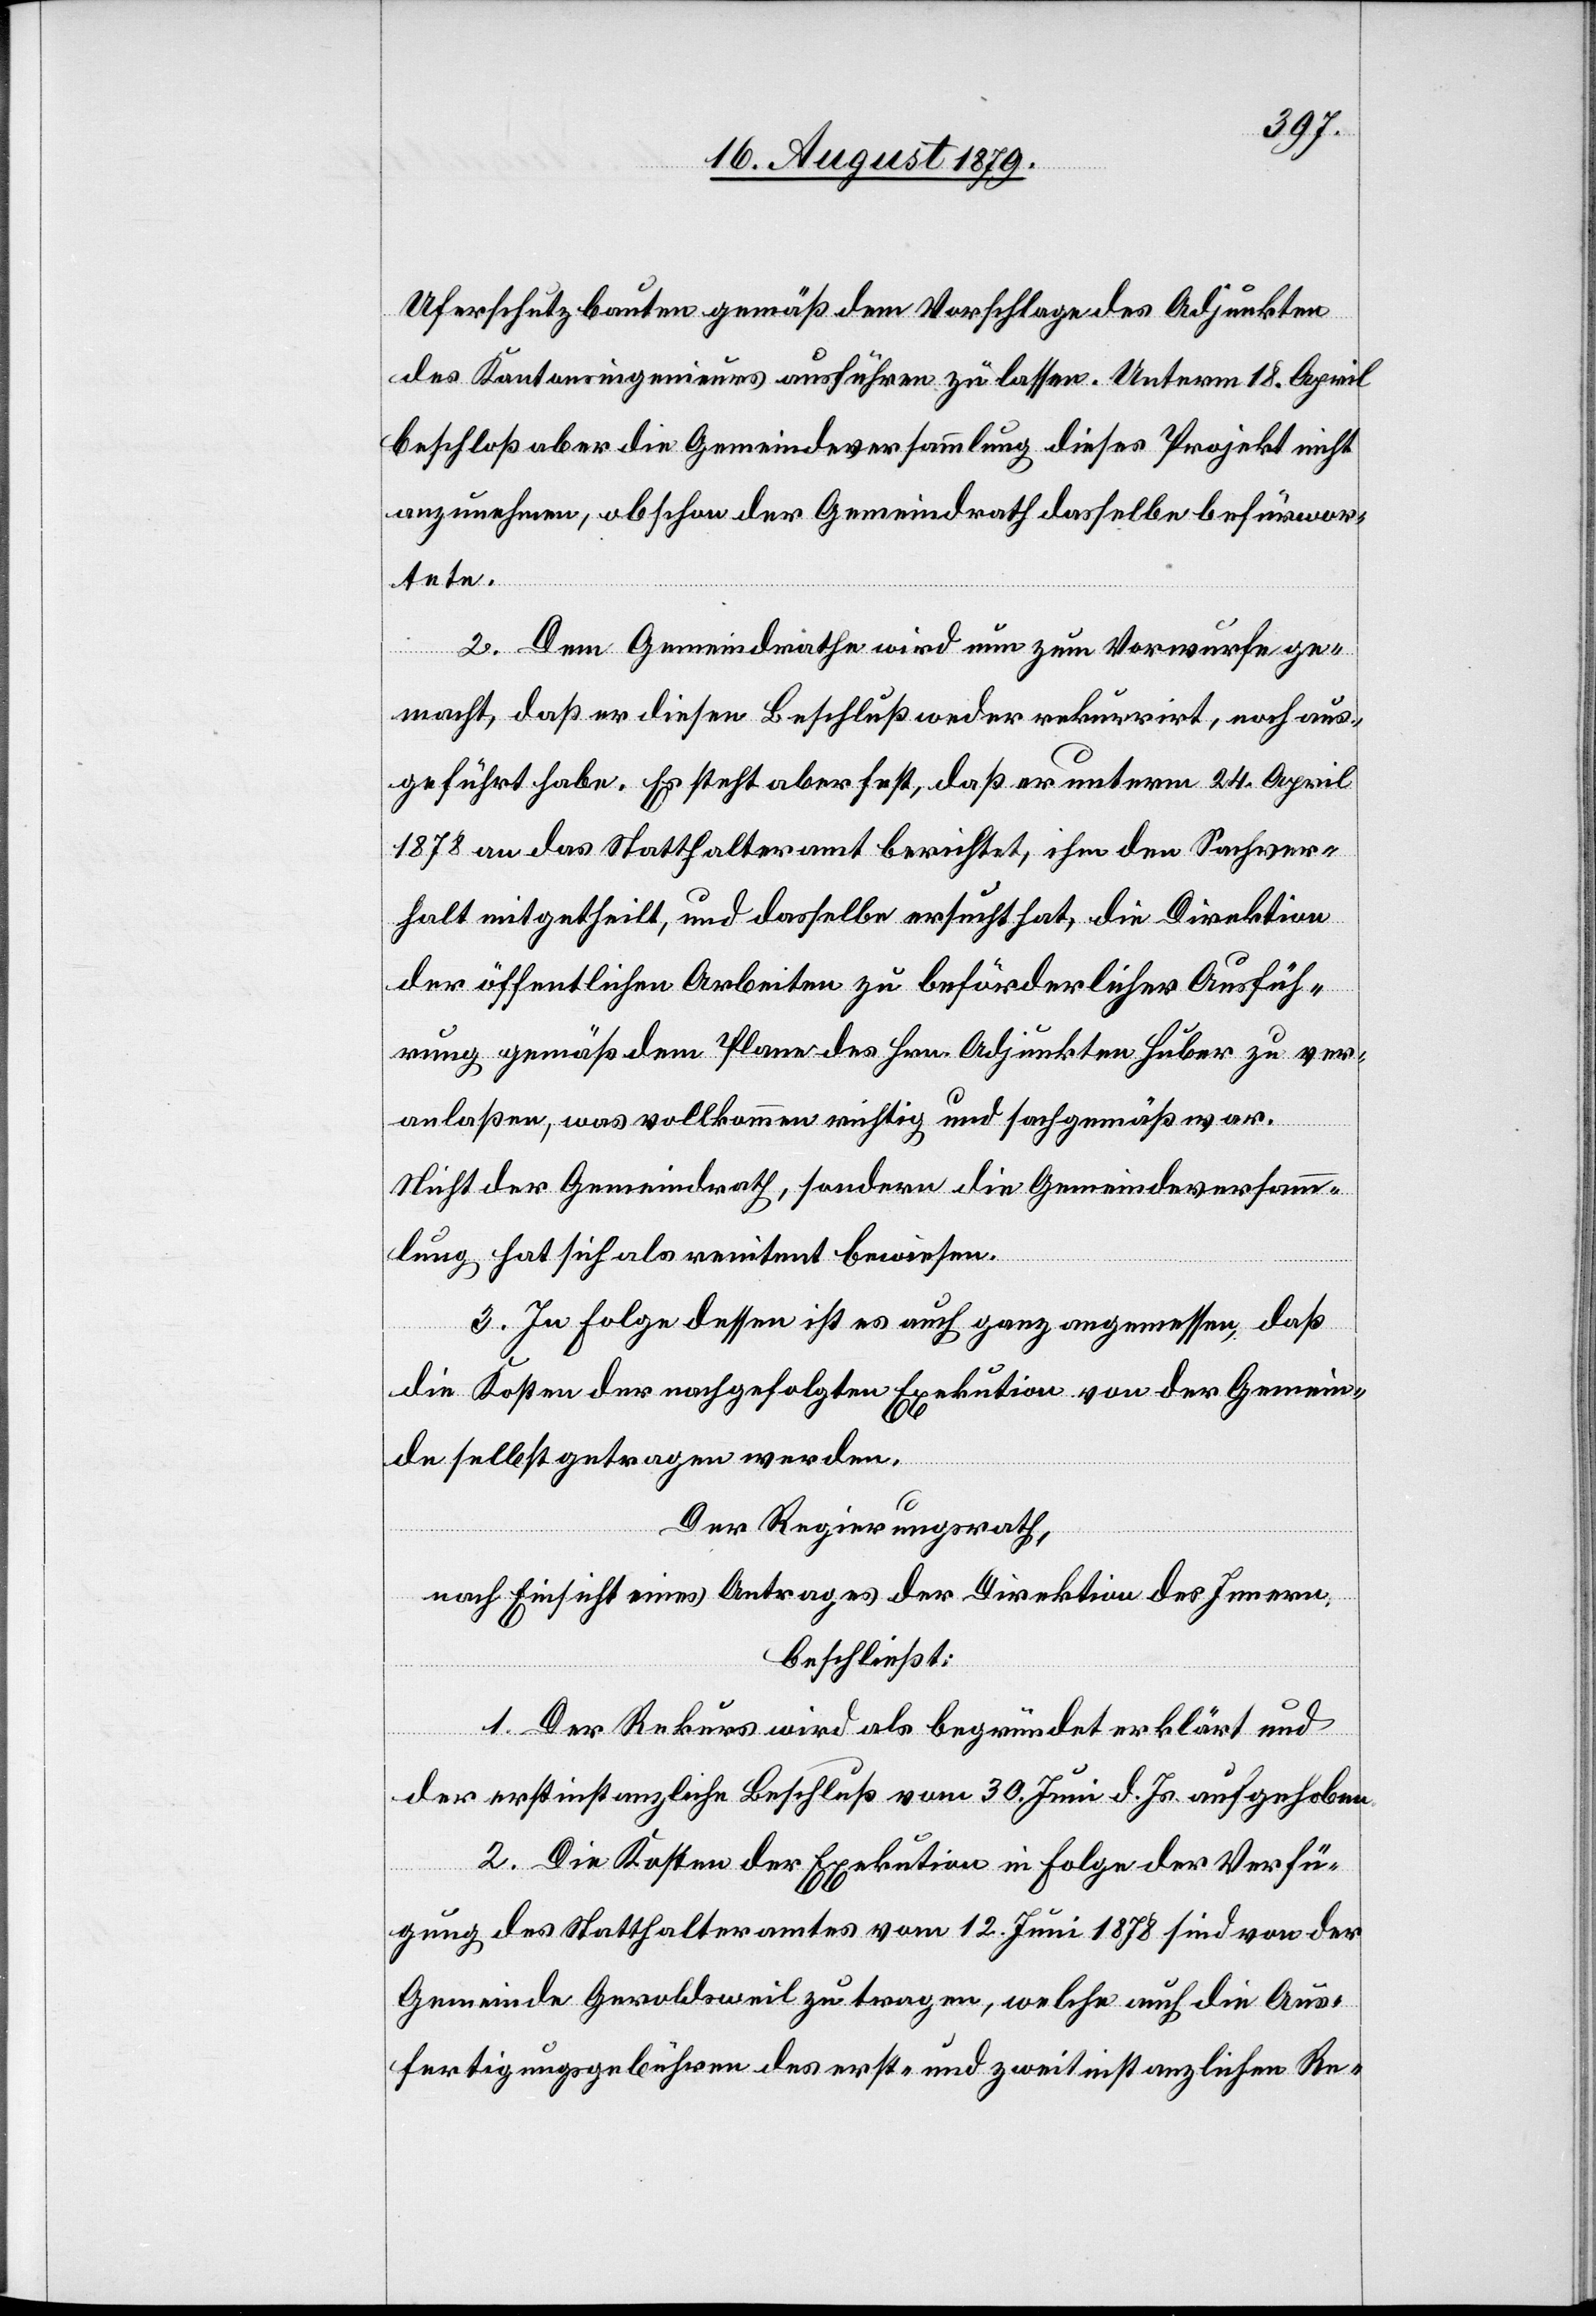
Uferschutzbauten gemäß dem Vorschlage des Adjunkten
des Kantonsingenieurs ausführen zu lassen. Unterm 18. April
beschloß aber die Gemeindeversammlung dieses Projekt nicht
anzunehmen, obschon der Gemeindrath dasselbe befürwor¬
tete.
2. Dem Gemeindrathe wird nun zum Vorwurfe ge¬
macht, daß er diesen Beschluß weder rekurrirt, noch aus¬
geführt habe. Es steht aber fest, daß er unterm 24. April
1878 an das Statthalteramt berichtet, ihm den Sachver¬
halt mitgetheilt, und dasselbe ersucht hat, die Direktion
der öffentlichen Arbeiten zu beförderlicher Ausfüh¬
rung gemäß dem Plane des Hrn. Adjunkten Huber zu ver¬
anlaßen, was vollkommen richtig und sachgemäß war.
Nicht der Gemeindrath, sondern die Gemeindeversamm¬
lung hat sich als renitent bewiesen.
3. In Folge dessen ist es auch ganz angemessen, daß
die Kosten der nachgefolgten Exekution von der Gemein¬
de selbst getragen werden.
Der Regierungsrath,
nach Einsicht eines Antrages der Direktion des Innern,
beschließt:
1. Der Rekurs wird als begründet erklärt und
der erstinstanzliche Beschluß vom 30. Juni d. Js. aufgehoben.
2. Die Kosten der Exekution in Folge der Verfü¬
gung des Statthalteramtes vom 12. Juni 1878 sind von der
Gemeinde Geroldsweil zu tragen, welche auch die Aus¬
fertigungsgebühren des erst- und zweitinstanzlichen Re-